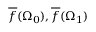
{ \overline { { f } } } ( \Omega _ { 0 } ) , { \overline { { f } } } ( \Omega _ { 1 } )